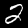
Digit: 2